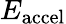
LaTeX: E_{\mathrm{accel}}